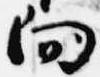
向